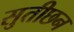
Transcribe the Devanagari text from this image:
सुतीछन